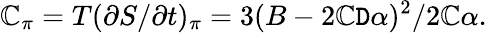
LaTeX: \mathbb{C}_{\pi}=T(\partial{S}/\partial{t})_{\pi}=3(B-2\mathbb{C}\mathtt{D}\alpha)^{2}/2\mathbb{C}\alpha.